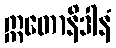
ဣတောနိဒါနံ